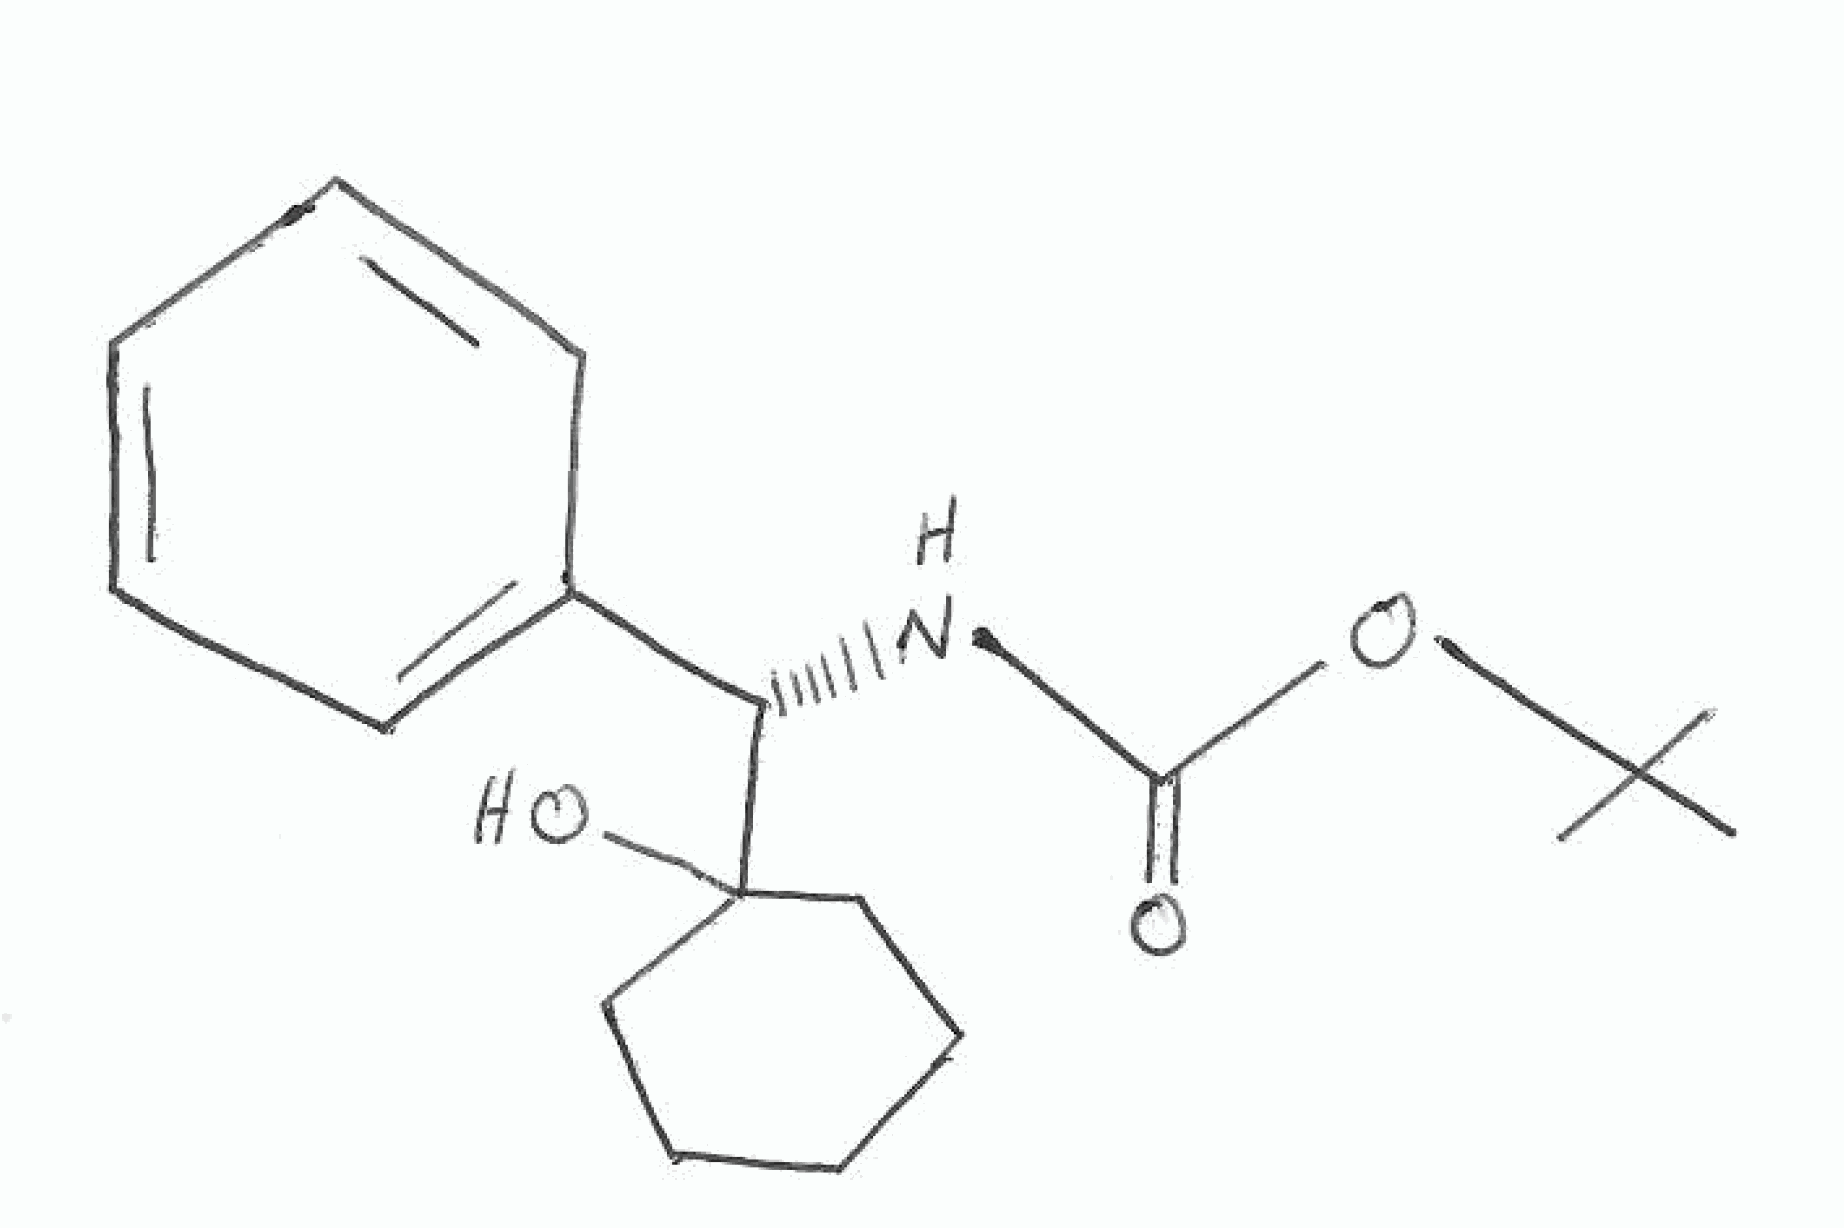
Simplified molecular-input line-entry system (SMILES) notation of the given molecule:
CC(C)(C)OC(=O)N[C@@H](C1=CC=CC=C1)C2(CCCCC2)O